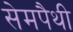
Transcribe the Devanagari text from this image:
सेमपैथी